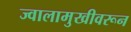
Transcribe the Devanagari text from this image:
ज्वालामुखीवरून